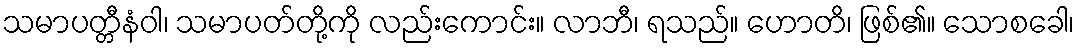
သမာပတ္တီနံဝါ၊ သမာပတ်တို့ကို လည်းကောင်း။ လာဘီ၊ ရသည်။ ဟောတိ၊ ဖြစ်၏။ သောစခေါ၊